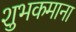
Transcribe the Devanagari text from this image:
शुभकमाना